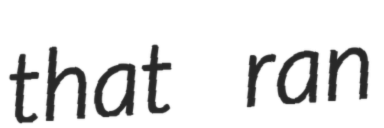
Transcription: that ran